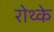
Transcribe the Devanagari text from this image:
रोथ्के